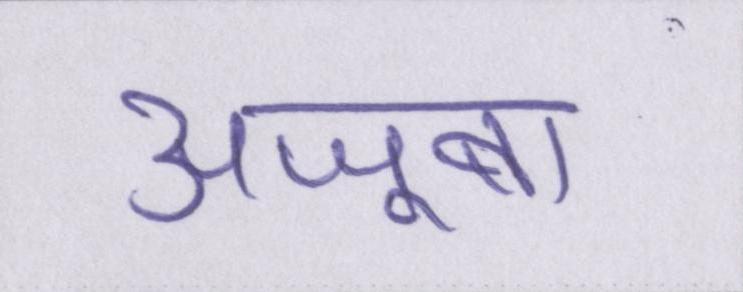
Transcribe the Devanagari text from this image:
अजूबा